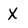
Character: X